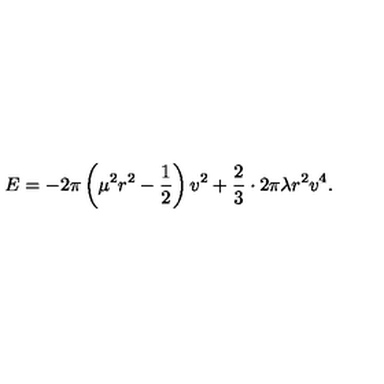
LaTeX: E = - 2 \pi \left( \mu ^ { 2 } r ^ { 2 } - \frac { 1 } { 2 } \right) v ^ { 2 } + \frac { 2 } { 3 } \cdot 2 \pi \lambda r ^ { 2 } v ^ { 4 } .